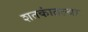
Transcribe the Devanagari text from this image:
शतकांतल्या